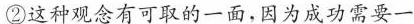
这种观念有可取的一面，因为成功需要一